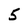
Character: 5